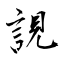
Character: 誢